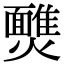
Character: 𩉈